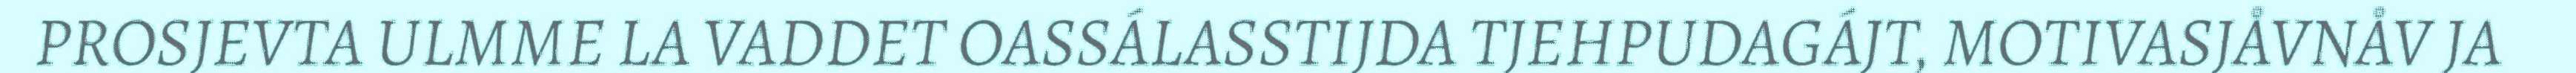
PROSJEVTA ULMME LA VADDET OASSÁLASSTIJDA TJEHPUDAGÁJT, MOTIVASJÅVNÅV JA